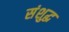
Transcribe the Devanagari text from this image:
संशुद्ध